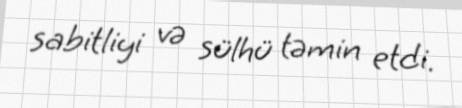
sabitliyi və sülhü təmin etdi.